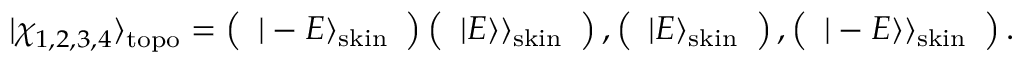
| \chi _ { 1 , 2 , 3 , 4 } \rangle _ { \mathrm { t o p o } } = \left( \begin{array} { c } { | - E \rangle _ { \mathrm { s k i n } } } \end{array} \right) \left( \begin{array} { c } { | E \rangle \rangle _ { \mathrm { s k i n } } } \end{array} \right) , \left( \begin{array} { c } { | E \rangle _ { \mathrm { s k i n } } } \end{array} \right) , \left( \begin{array} { c } { | - E \rangle \rangle _ { \mathrm { s k i n } } } \end{array} \right) .